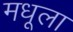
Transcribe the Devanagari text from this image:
मधूला